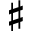
\sharp